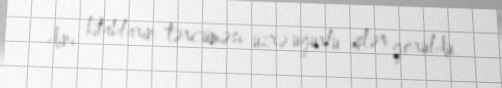
dini kitabların tərcüməsi üzrə uğurlu işlər görüldü.